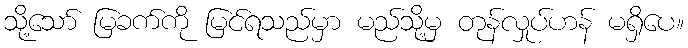
သို့သော် မြခက်ကို မြင်ရသည်မှာ မည်သို့မှ တုန်လှုပ်ဟန် မရှိပေ။